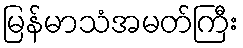
မြန်မာသံအမတ်ကြီး